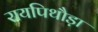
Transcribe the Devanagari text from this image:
रायपिथौड़ा